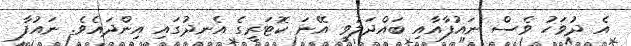
އެ ދުވަހު ވެސް ނައުފާއާއި ބައްދަލުވީ އޭނަ ކޮޓަރީގެ އެނދުގައި އިންދައެވެ. ނައުފާ